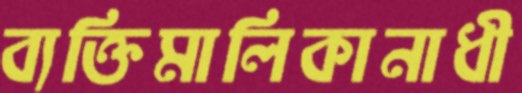
ব্যক্তিমালিকানাধী